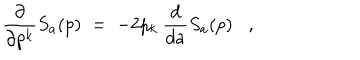
LaTeX: \frac { \partial } { \partial p ^ { k } } S _ { a } ( p ) \; = \; - 2 p _ { k } \: \frac { d } { d a } S _ { a } ( p ) ,